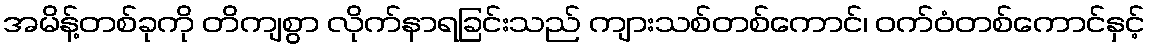
အမိန့်တစ်ခုကို တိကျစွာ လိုက်နာရခြင်းသည် ကျားသစ်တစ်ကောင်၊ ဝက်ဝံတစ်ကောင်နှင့်